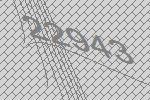
22943